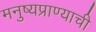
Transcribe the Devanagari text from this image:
मनुष्यप्राण्याची